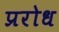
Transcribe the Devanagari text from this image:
प्ररोध